65_HS1-834228961_62-HQ-83894_Section_8
Agency: FBI
Page 10
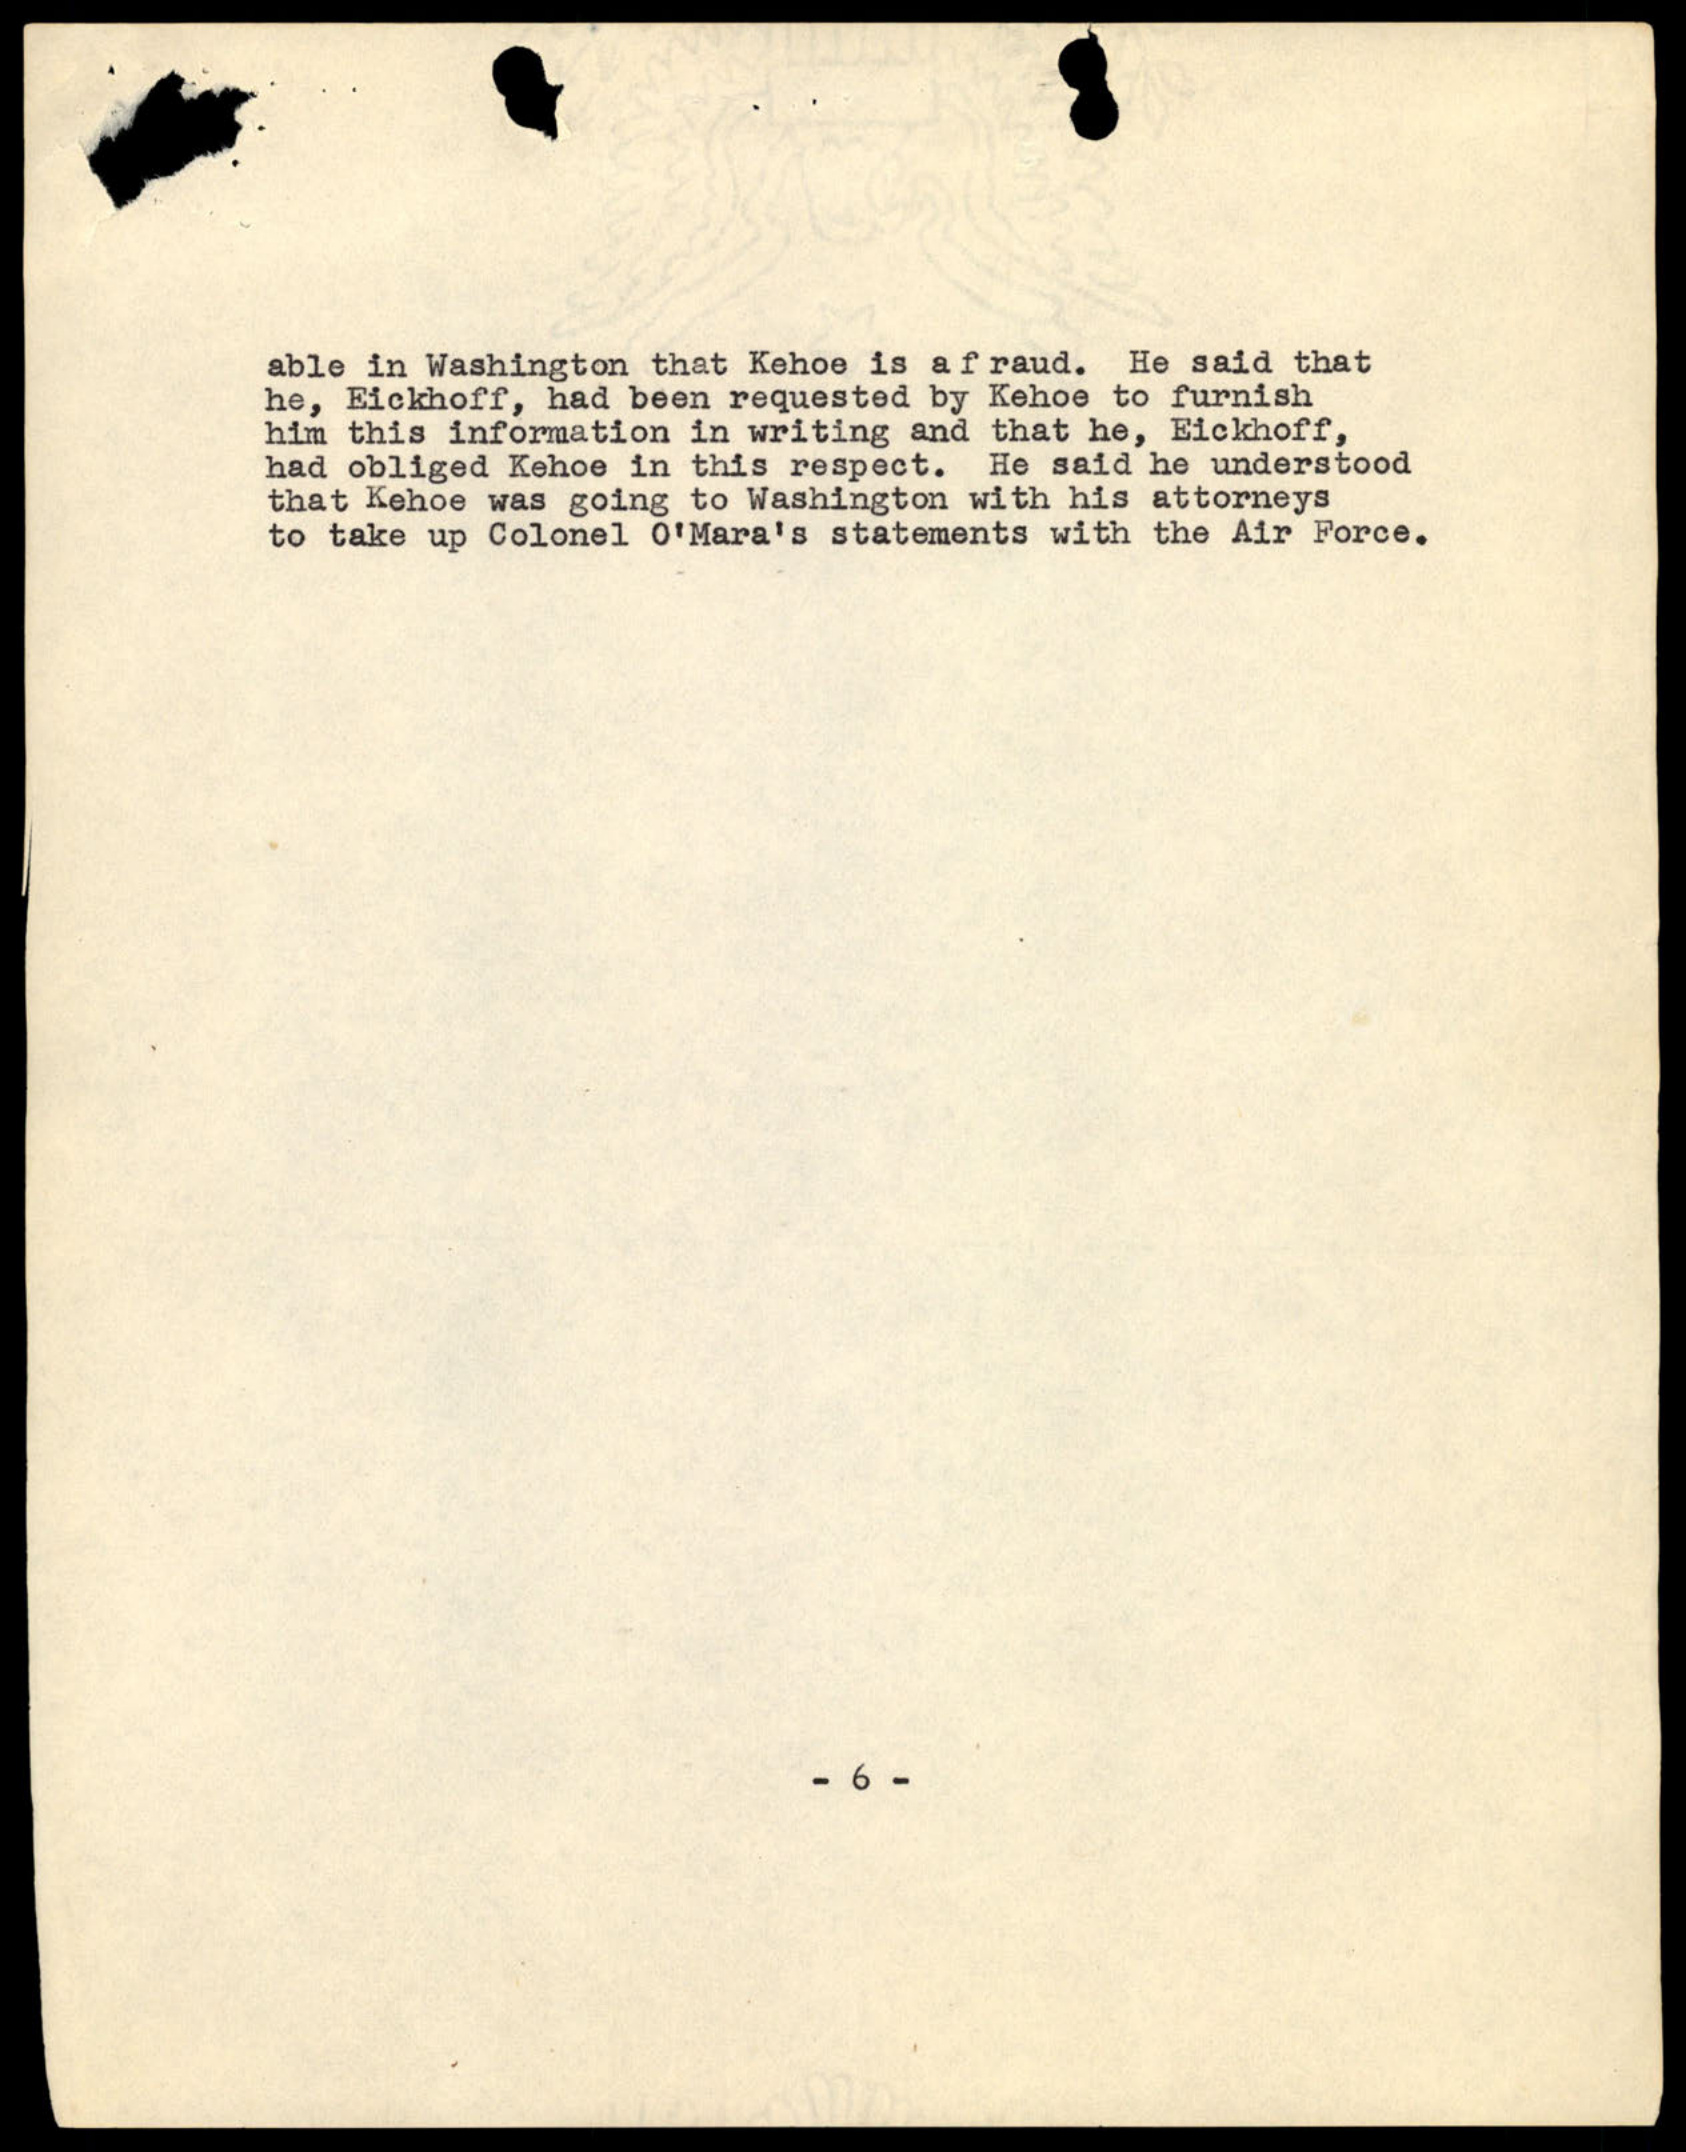